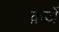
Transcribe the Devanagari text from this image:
क़र्जे